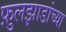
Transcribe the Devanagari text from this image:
फ़ुलझाडांच्या